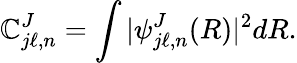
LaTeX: \mathbb{C}_{j\ell,n}^{J}=\int|\psi_{j\ell,n}^{J}(R)|^{2}dR.